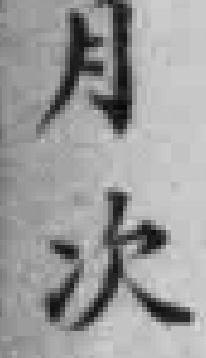
月次